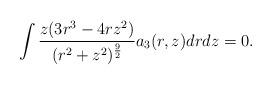
LaTeX: \begin{align*}& \int \frac{ z (3 r^3 - 4 r z^2)} {(r^2 + z^2)^{\frac 92}} a_3(r,z) dr dz=0. \end{align*}